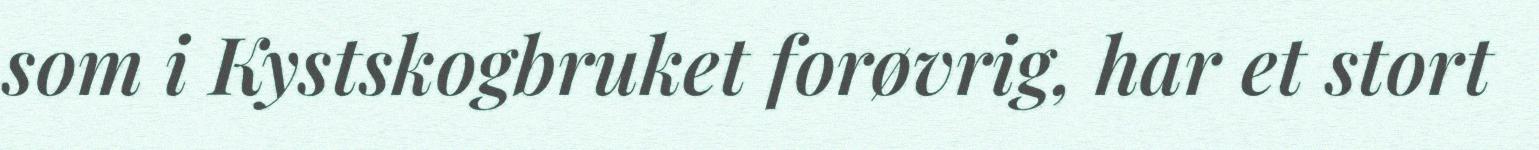
som i Kystskogbruket forøvrig, har et stort